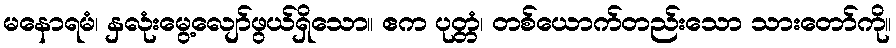
မနောရမံ၊ နှလုံးမွေ့လျော်ဖွယ်ရှိသော။ ဧက ပုတ္တံ၊ တစ်ယောက်တည်းသော သားတော်ကို။